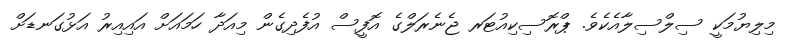
މިލިޔުމަކީ ސިލްސިލާއެކެވެ. ޕްރޮސިކިއުޓަރ ޖެނެރަލްގެ އޮފީސް އުފެދިގެން މިއަދާ ހަމައަށް އައިއިރު އަޅުގަނޑަށް